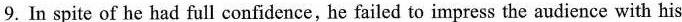
9. In spite of he had full confidence, he failed to impress the audience with his